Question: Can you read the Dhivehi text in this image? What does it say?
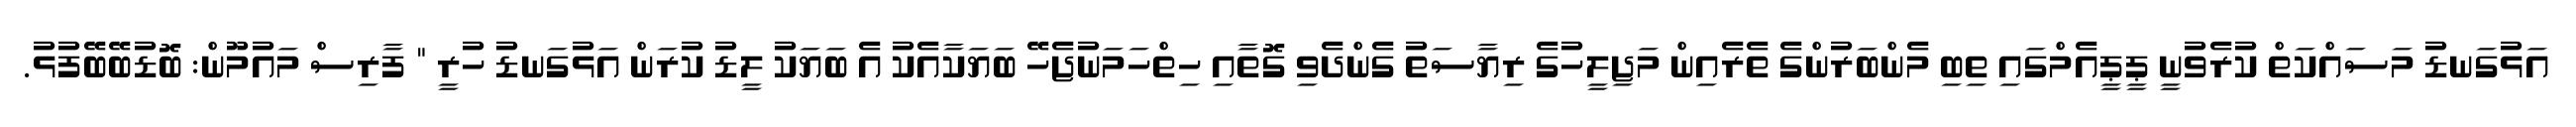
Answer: އަޅުގަނޑު މަސައްކަތް ކުރެވުނީ ޕީޕީއެމްގައި ތިބި މެންބަރުންގެ ތެރެއިން މަޖިލީހުގެ ރިޔާސަތު ގެންދެވި ގޮތާއި ހިތްހަމަނުޖެހޭ ބަޔަކާއެކު އެ ބަޔަކު ލީޑު ކުރަން އަޅުގަނޑު ހުރީ " ފާރިސް މައުމޫން: ބޮޑުބޭބޭފުޅު.